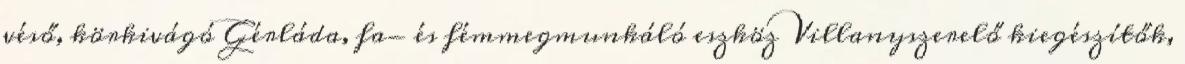
véső, körkivágó Gérláda, fa- és fémmegmunkáló eszköz Villanyszerelő kiegészítők,